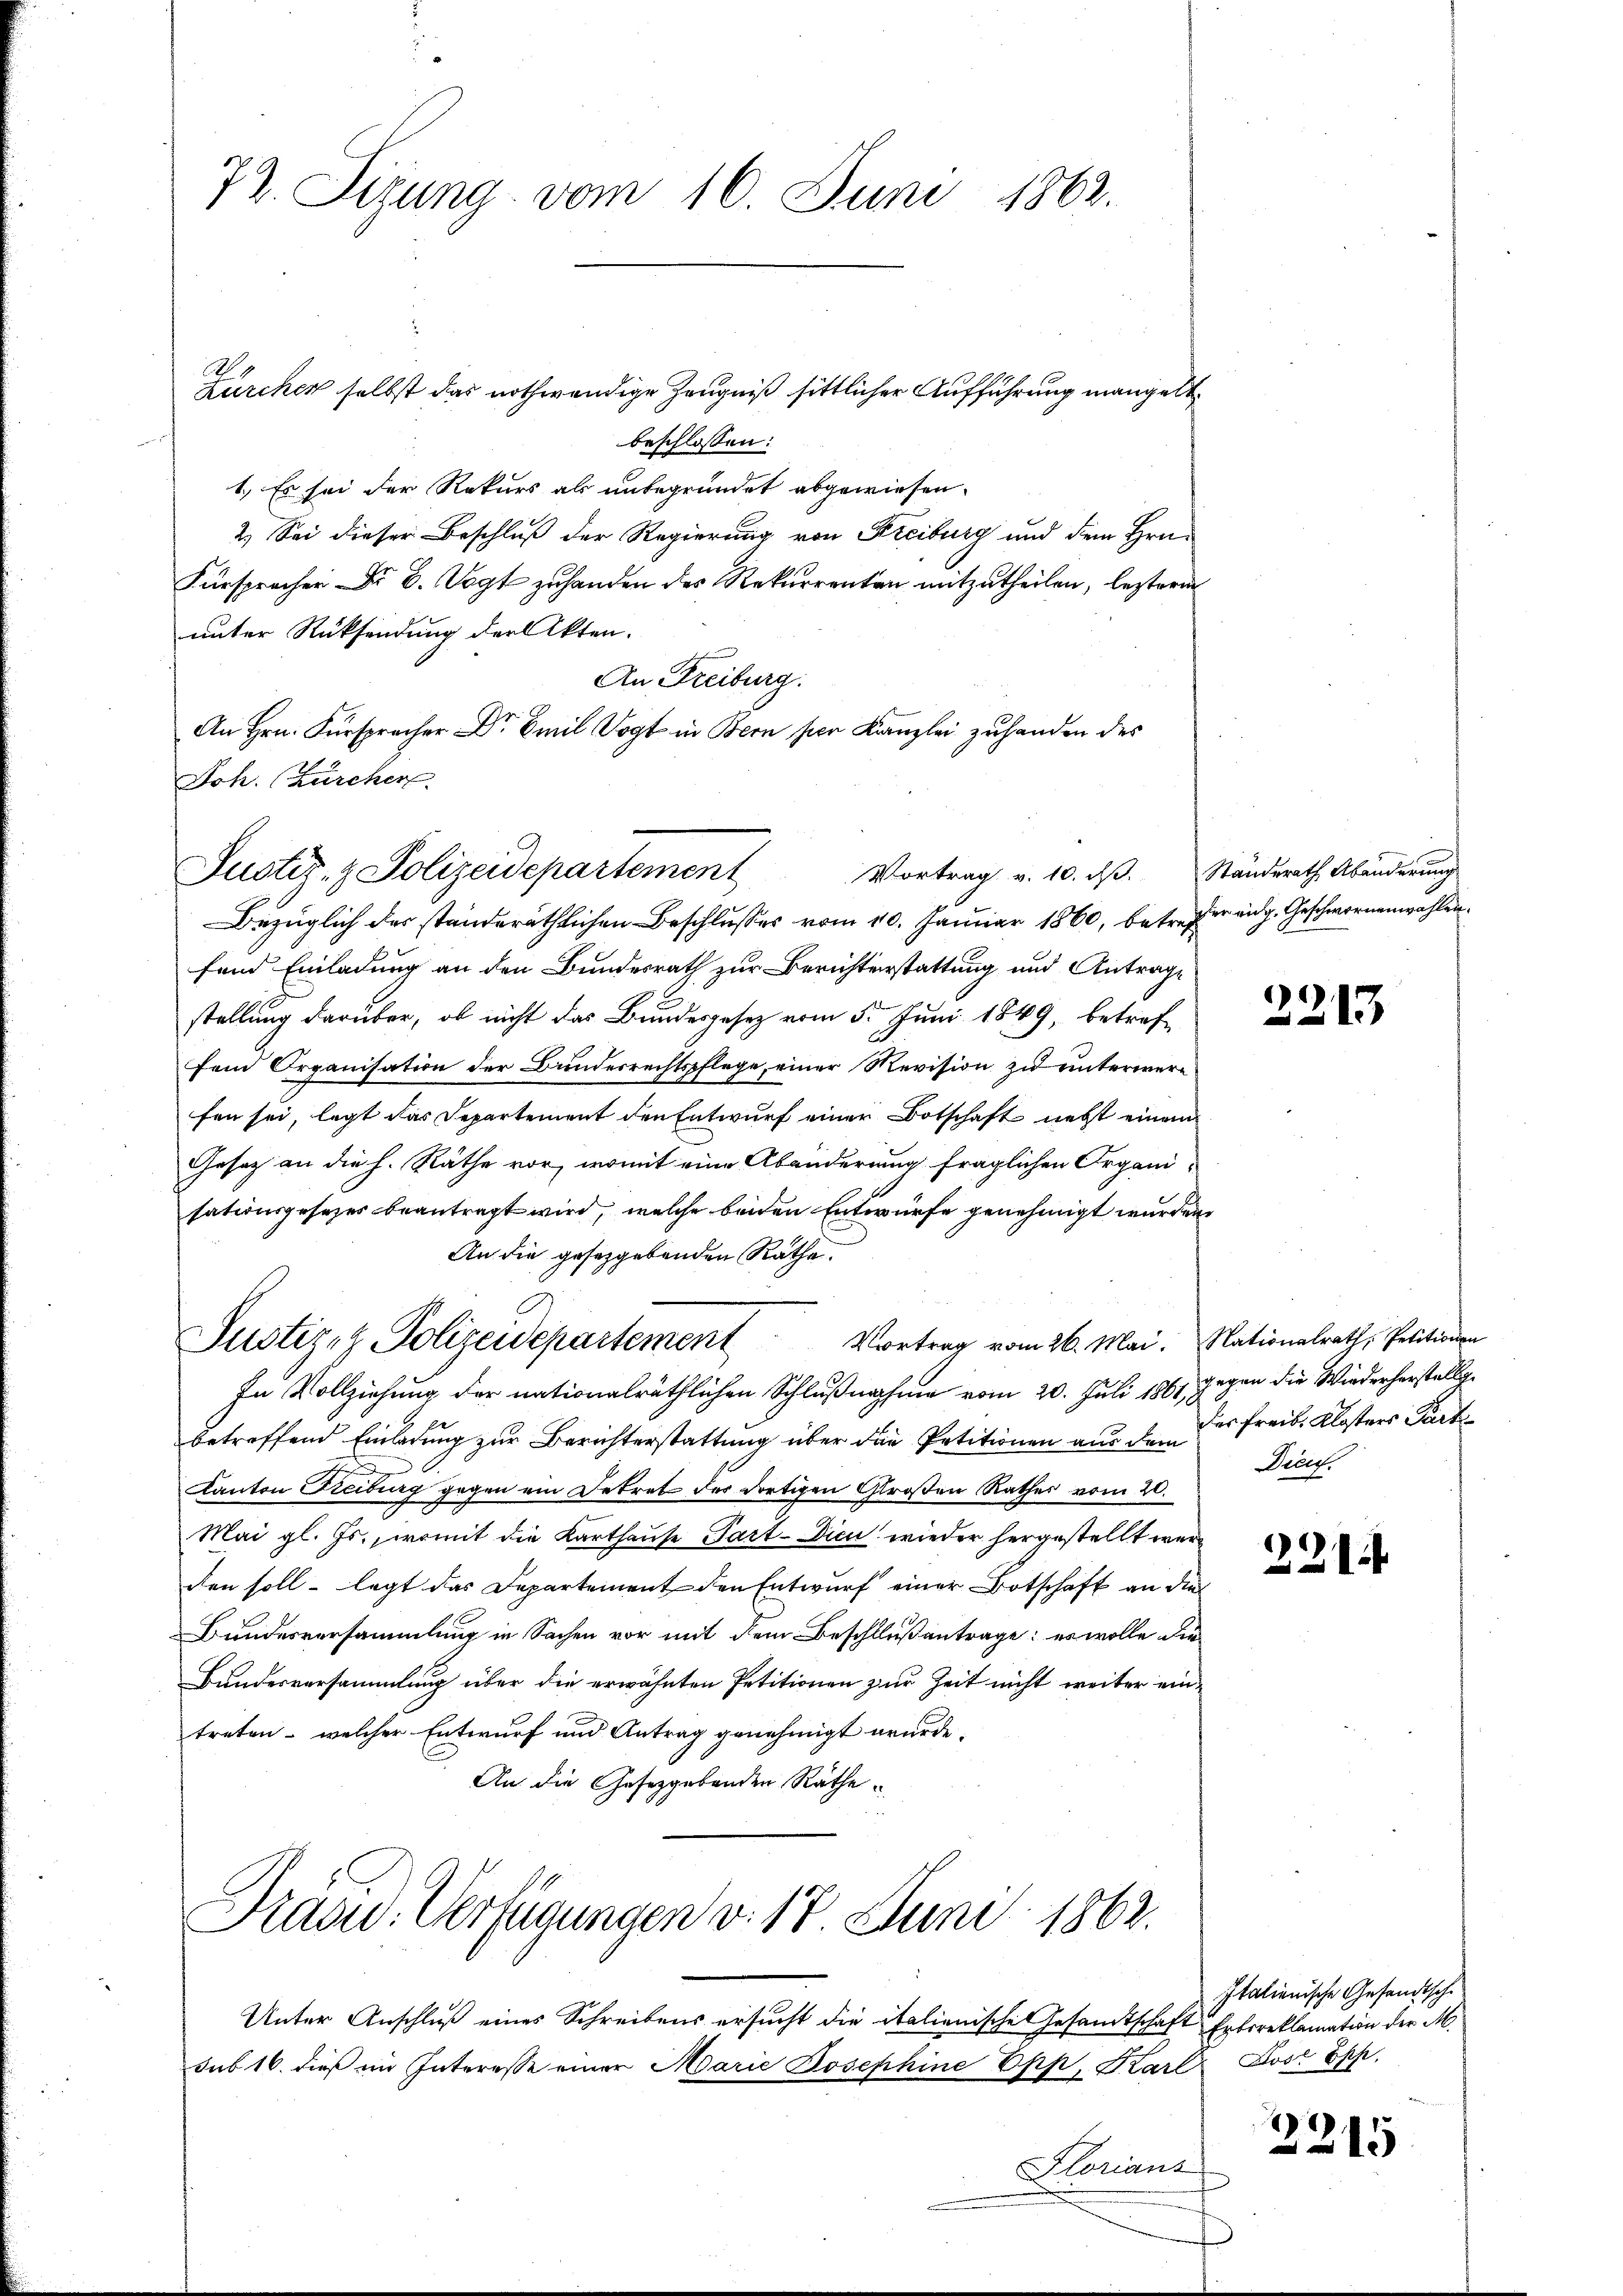
72. Sizung vom 16. Juni 1863.

Zürcher selbst das nothwendige Zeugniß sittlicher Aufführung mangelte
beschlossen:
1.) Es sei der Rekurs als unbegründet abgewiesen.
2.) Sei dieser Beschluß der Regierung von Freiburg und dem Hrn.
Fürsprocher Dr. B. Vogt zuhanden des Rekurrenten mitzutheilen, lezterm
unter Rücksendung der Akten.
An Freiburg.
An Hrn. Fürspracher Dr Emil Vogt in Bern hier Kanzlei zuhanden des
Joh. Zürcher
Bezüglich der ständeräthlichen Beschlusses vom 10. Januar 1860, betr. der eidg. Geschwornenwahlen
fend Einladung an den Bundesrath zur Berichterstattung und Antrage
stellung darüber, ob nicht das Bundesgesetz vom 5. Juni 1849, betreffein Organisation der Bundesrechtspflege, einer Revision zu unterwerfen sei, legt das Departement den Entwurf einer Botschaft nebst einem
Gesatz an die h. Räthe vor, womit eine Abänderung fraglichen Organisationsgesezes beantragt wird, welche beiden Entwurfe genehmigt wurden,
An die gesetzgebenden Rathe.
Justiz- & Polizeidepartement Vortrag vom 26. Mai. Nationalrath, Petitionen
In Vollziehung der nationalräthlichen Schlußnahme vom 20. Juli 1861,
betreffend Einladung zur Berichterstattung über die Petitionen aus der Freibe Klosters Part
Kanton Freiburg gegen ein Dekret der dortigen Großen Rathes vom 20.
Mai gl. Js., womit die Karthause Part-Dicu wieder hergestellt werd
den soll - legt das Departement den Entwurf einer Botschaft an die
Bundesversammlung in Sachen vor mit dem Beschlußantrage: es wolle die
Bundesversammlung über die erwähnten Petitionen zur Zeit nicht weiter eintreten - welcher Entwurf und Antrag genehmigt wurde.
An die Gesetzgebenden Räthe.

Justiz- & Polizeidepartement

Vortrag v. 10. dß. Ständerath Abänderung

Frasid. Verfügungen v. 18. Juni 1862.

Unter Anschluß eines Schreibens ersucht die italienische Gesamtschaft Erbreklamation der M.
sub 16. dieß im Interesse einer Marie Josephine Epp, Karl Jost öpp.
Florians

2213

gegen die Wiederherstellge
Dice.

221

Italienische Gesandtsche

x
2215